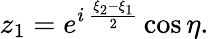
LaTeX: z_{1}=e^{i\, {\frac{\xi_{2}-\xi_{1}}{2}}}\cos\eta.